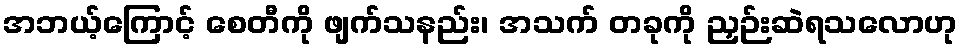
အဘယ့်ကြောင့် စေတီကို ဖျက်သနည်း၊ အသက် တခုကို ညှဉ်းဆဲရသလောဟု